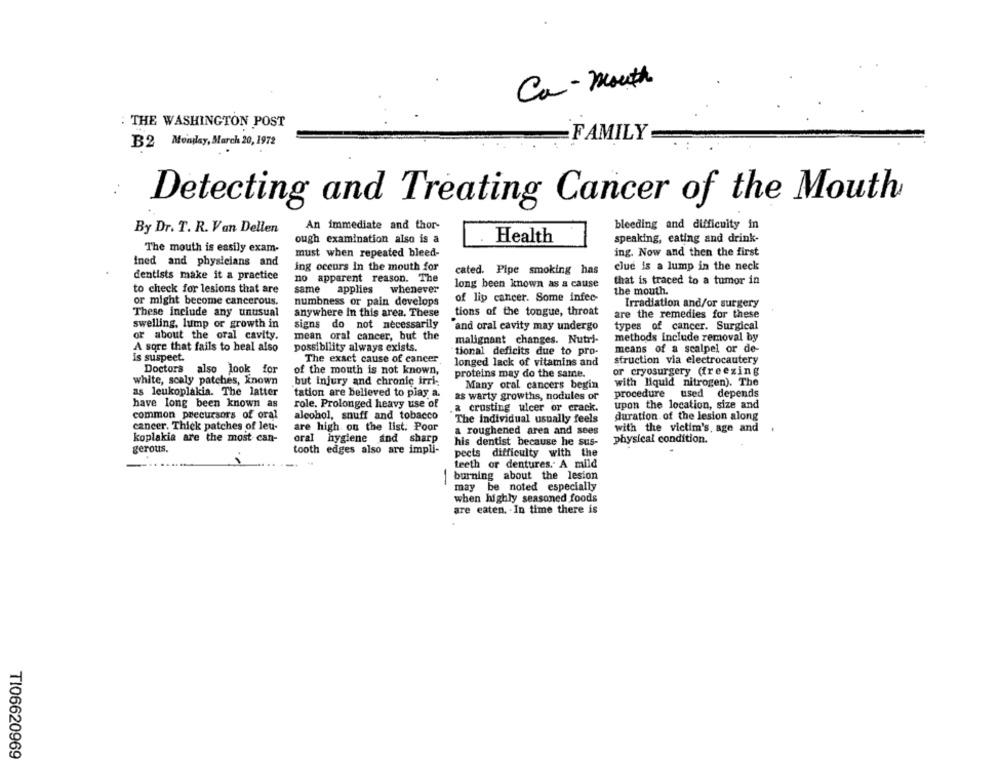
Ca- mouth
: THE WASHINGTON POST
B2 Monday, March 20, 1972
FAMILY
Detecting and Treating Cancer of the Mouth
An immediate and thor-
bleeding and difficulty in
By Dr. T. R. Van Dellen
ough examination also is a
Health
speaking, eating and drink-
The mouth is easily exam-
ing. Now and then the first
must when repeated bleed-
ined and physicians and
ing occurs In the mouth for
clue is a lump in the neck
cated. Pipe smoking has
dentists make it a practice
no apparent reason. The
that is traced to a tumor in
to check for lesions that are
same
applies
whenever
long been known as a cause
the mouth.
of lip cancer. Some infec-
or might become cancerous.
numbness or pain develops
Irradiation and/or surgery
These include any unusual
anywhere in this area. These
tions of the tongue, throat
are the remedies for these
swelling, lump or growth in
signs do not necessarily
and oral cavity may undergo
types of cancer. Surgical
or about the oral cavity.
mean oral cancer, but the
malignant changes. Nutri-
methods include removal by
A sore that fails to heal also
possibility always exists.
means of a scalpel or de-
is suspect.
tional deficits due to pro-
The exact cause of cancer
longed lack of vitamins and
struction via electrocautery
Doctor's
also look for
of the mouth is not known,
proteins may do the same.
or cryosurgery (freezing
white, scaly patches, known
but Injury and chronic tiri
Many oral cancers begin
with liquid nitrogen). The
as leukoplakia. The latter
tation are believed to play a.
as warty growths, nodules of
procedure used depends
have long been known as
role. Prolonged heavy use of
a crusting ulcer or crack.
upon the location, size and
common precursors of oral
alcohol, snuff and tobacco
The Individual usually feels
duration of the lesion along
cancer. Thick patches of leu-
are high on the list. Poor
a roughened area and sees
with the victim's, age and
koplakia are the most can-
oral hygiene and sharp
his dentist because he sus-
physical condition.
gerous.
tooth edges also are impli-
pects difficulty with the
teeth or dentures. A mild
burning about the lesion
may be noted especially
when highly seasoned foods
are eaten. - In time there is
TI06620969